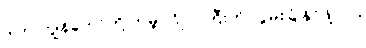
ဒါက ကျွန်တော်တို့ ကမ္ဘာဂြိုလ်ကြီးကို လွမ်းခြုံနိုင်ဖို့ပါပဲ။